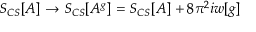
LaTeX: S _ { C S } [ A ] \to S _ { C S } [ A ^ { g } ] = S _ { C S } [ A ] + 8 \pi ^ { 2 } i w [ g ]